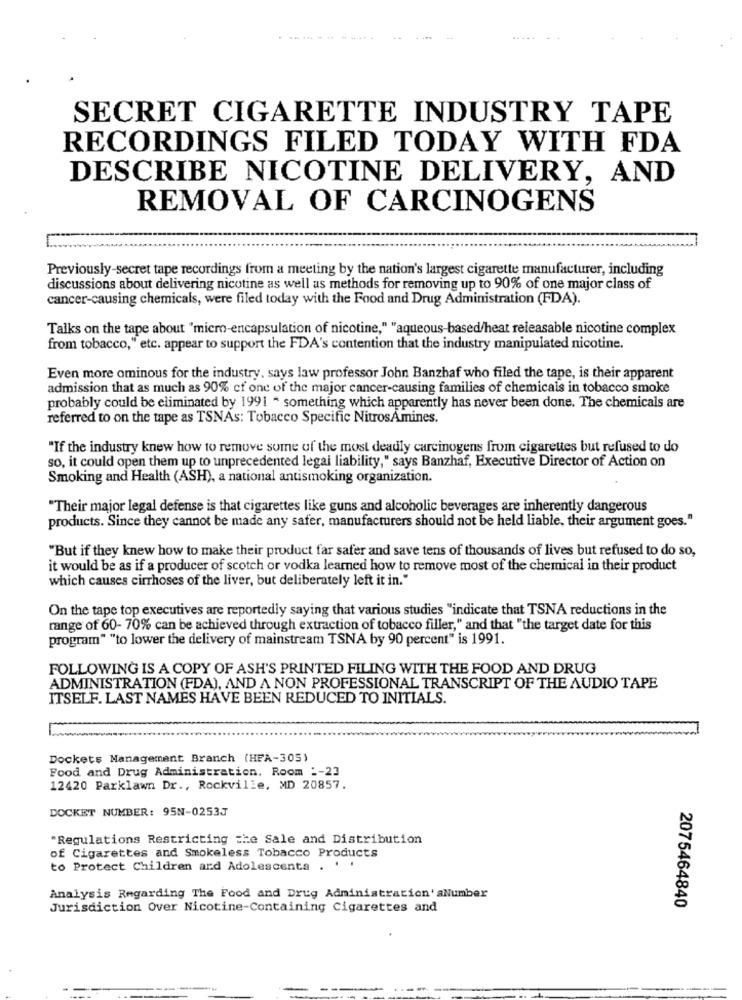
. ....... .
SECRET CIGARETTE INDUSTRY TAPE
RECORDINGS FILED TODAY WITH FDA
DESCRIBE NICOTINE DELIVERY, AND
REMOVAL OF CARCINOGENS
Previously-secret tape recordings from a meeting by the nation's largest cigarette manufacturer, including
discussions about delivering nicotine as well as methods for removing up to 90% of one major class of
cancer-causing chemicals, were filed today with the Food and Drug Administration (FDA).
Talks on the tape about "micro-encapsulation of nicotine," "aqueous-based/heat releasable nicotine complex
from tobacco," etc. appear to support the FDA's contention that the industry manipulated nicotine.
Even more ominous for the industry, says law professor John Banzhaf who filed the tape, is their apparent
admission that as much as 90% cf one of the major cancer-causing families of chemicals in tobacco smoke
probably could be eliminated by 1991 * something which apparently has never been done. The chemicals are
referred to on the tape as TSNAs: Tobacco Specific NitrosAmines.
"If the industry knew how to remove some of the most deadly carcinogens from cigarettes but refused to do
so, it could open them up to unprecedented legal liability," says Banzhaf, Executive Director of Action on
Smoking and Health (ASH), a national antismoking organization.
"Their major legal defense is that cigarettes like guns and alcoholic beverages are inherently dangerous
products. Since they cannot be made any safer, manufacturers should not be held liable, their argument goes."
"But if they knew how to make their product far safer and save tens of thousands of lives but refused to do so,
it would be as if a producer of scotch or vodka learned how to remove most of the chemical in their product
which causes cirrhoses of the liver, but deliberately left it in."
On the tape top executives are reportedly saying that various studies "indicate that TSNA reductions in the
range of 60- 70% can be achieved through extraction of tobacco filler," and that "the target date for this
program" "to lower the delivery of mainstream TSNA by 90 percent" is 1991.
FOLLOWING IS A COPY OF ASH'S PRINTED FILING WITH THE FOOD AND DRUG
ADMINISTRATION (FDA), AND A NON PROFESSIONAL TRANSCRIPT OF THE AUDIO TAPE
ITSELF. LAST NAMES HAVE BEEN REDUCED TO INITIALS.
Dockets Management Branch (HFA-305)
Food and Drug Administration, Room :- 23
12420 Parklawn Dr ., Rockville, MD 20857.
DOCKET NUMBER: 95N-0253J
"Regulations Restricting the Sale and Distribution
of Cigarettes and Smokeless Tobacco Products
to Protect Children and Adolescents . ' '
Analysis Regarding The Food and Drug Administration' aNumber
Jurisdiction Over Nicotine-Containing Cigarettes and
2075464840